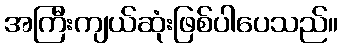
အကြီးကျယ်ဆုံးဖြစ်ပါပေသည်။